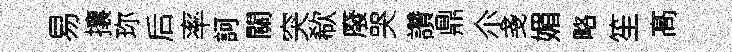
易攘珎后率訶關突欷廢哭讚鼎尒戔媚略笙髙